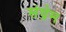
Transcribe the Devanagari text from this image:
संग्रेम